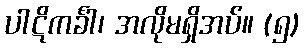
ပါဋိကင်္ခါ၊ အလိုမရှိအပ်။ (၅)